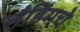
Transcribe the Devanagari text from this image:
लँडिंगचे